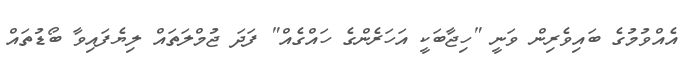
އެއްވުމުގެ ބައިވެރިން ވަނީ "ހިޖާބަކީ އަހަރެންގެ ހައްގެއް" ފަދަ ޖުމްލަތައް ލިޔެފައިވާ ބޯޑުތައް